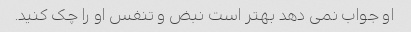
او جواب نمی دهد بهتر است نبض و تنفس او را چک کنید.